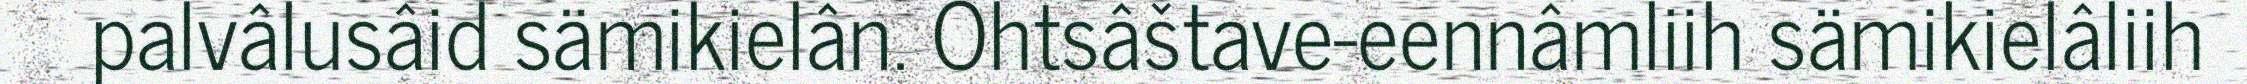
palvâlusâid sämikielân. Ohtsâštave-eennâmliih sämikielâliih